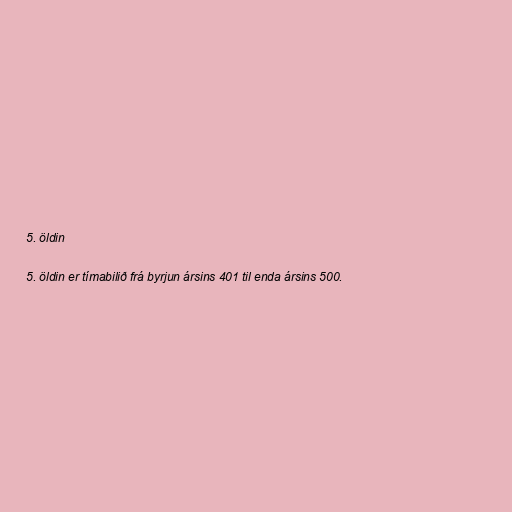
5. öldin

5. öldin er tímabilið frá byrjun ársins 401 til enda ársins 500.